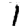
Digit: 1